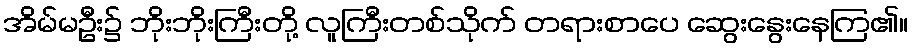
အိမ်မဦး၌ ဘိုးဘိုးကြီးတို့ လူကြီးတစ်သိုက် တရားစာပေ ဆွေးနွေးနေကြ၏။